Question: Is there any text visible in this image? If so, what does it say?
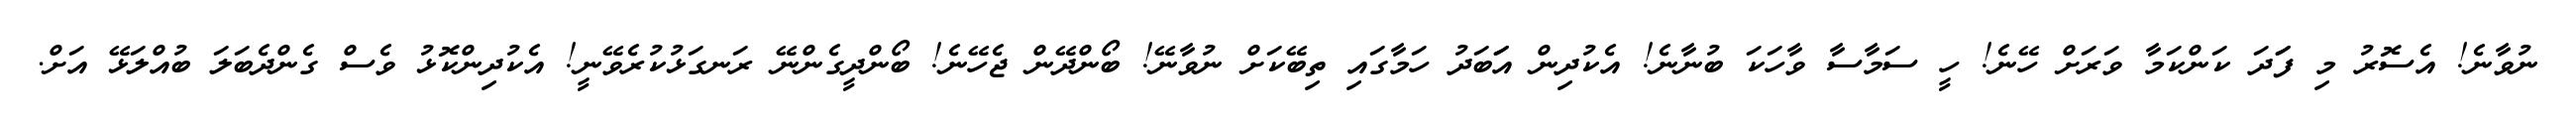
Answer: ނުވާނެ! އެސޮރު މި ފަަދަ ކަންކަމާ ވަރަށް ހޭނެ! ހީ ސަމާސާ ވާހަކަ ބުނާނެ! އެކުދިން އަަބަދު ހަމާގައި ތިބޭކަށް ނުވާނޭ! ބޯންދޭން ޖެހޭނެ! ބޯންދީގެންނޭ ރަނގަޅުކުރެވޭނީ! އެކުދިންކޮޅު ވެސް ގެންދެބަލަ ބުއްލަޅޭ އަށް.